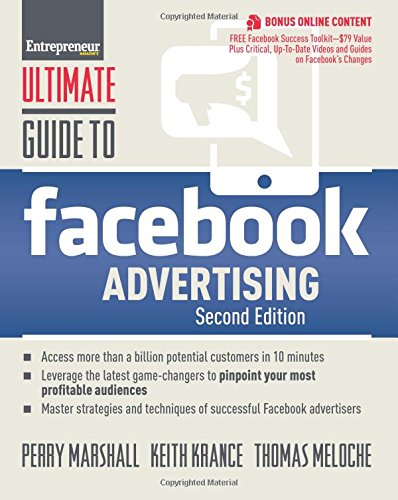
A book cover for Ultimate Guide to Facebook Advertising: How to Access 1 Billion Potential Customers in 10 Minutes (Ultimate Series); Perry Marshall; Computers & Technology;